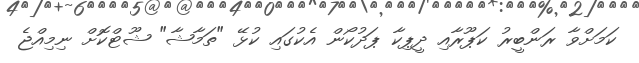
ކަމަށްވާ ރަންބީރު ކަޕޫރާއި ދީޕިކާ ޕަދުކޯން އެކުގައި ކުޅޭ "ތަމާޝާ" ޝޫޓްކޮށް ނިމިއްޖެ